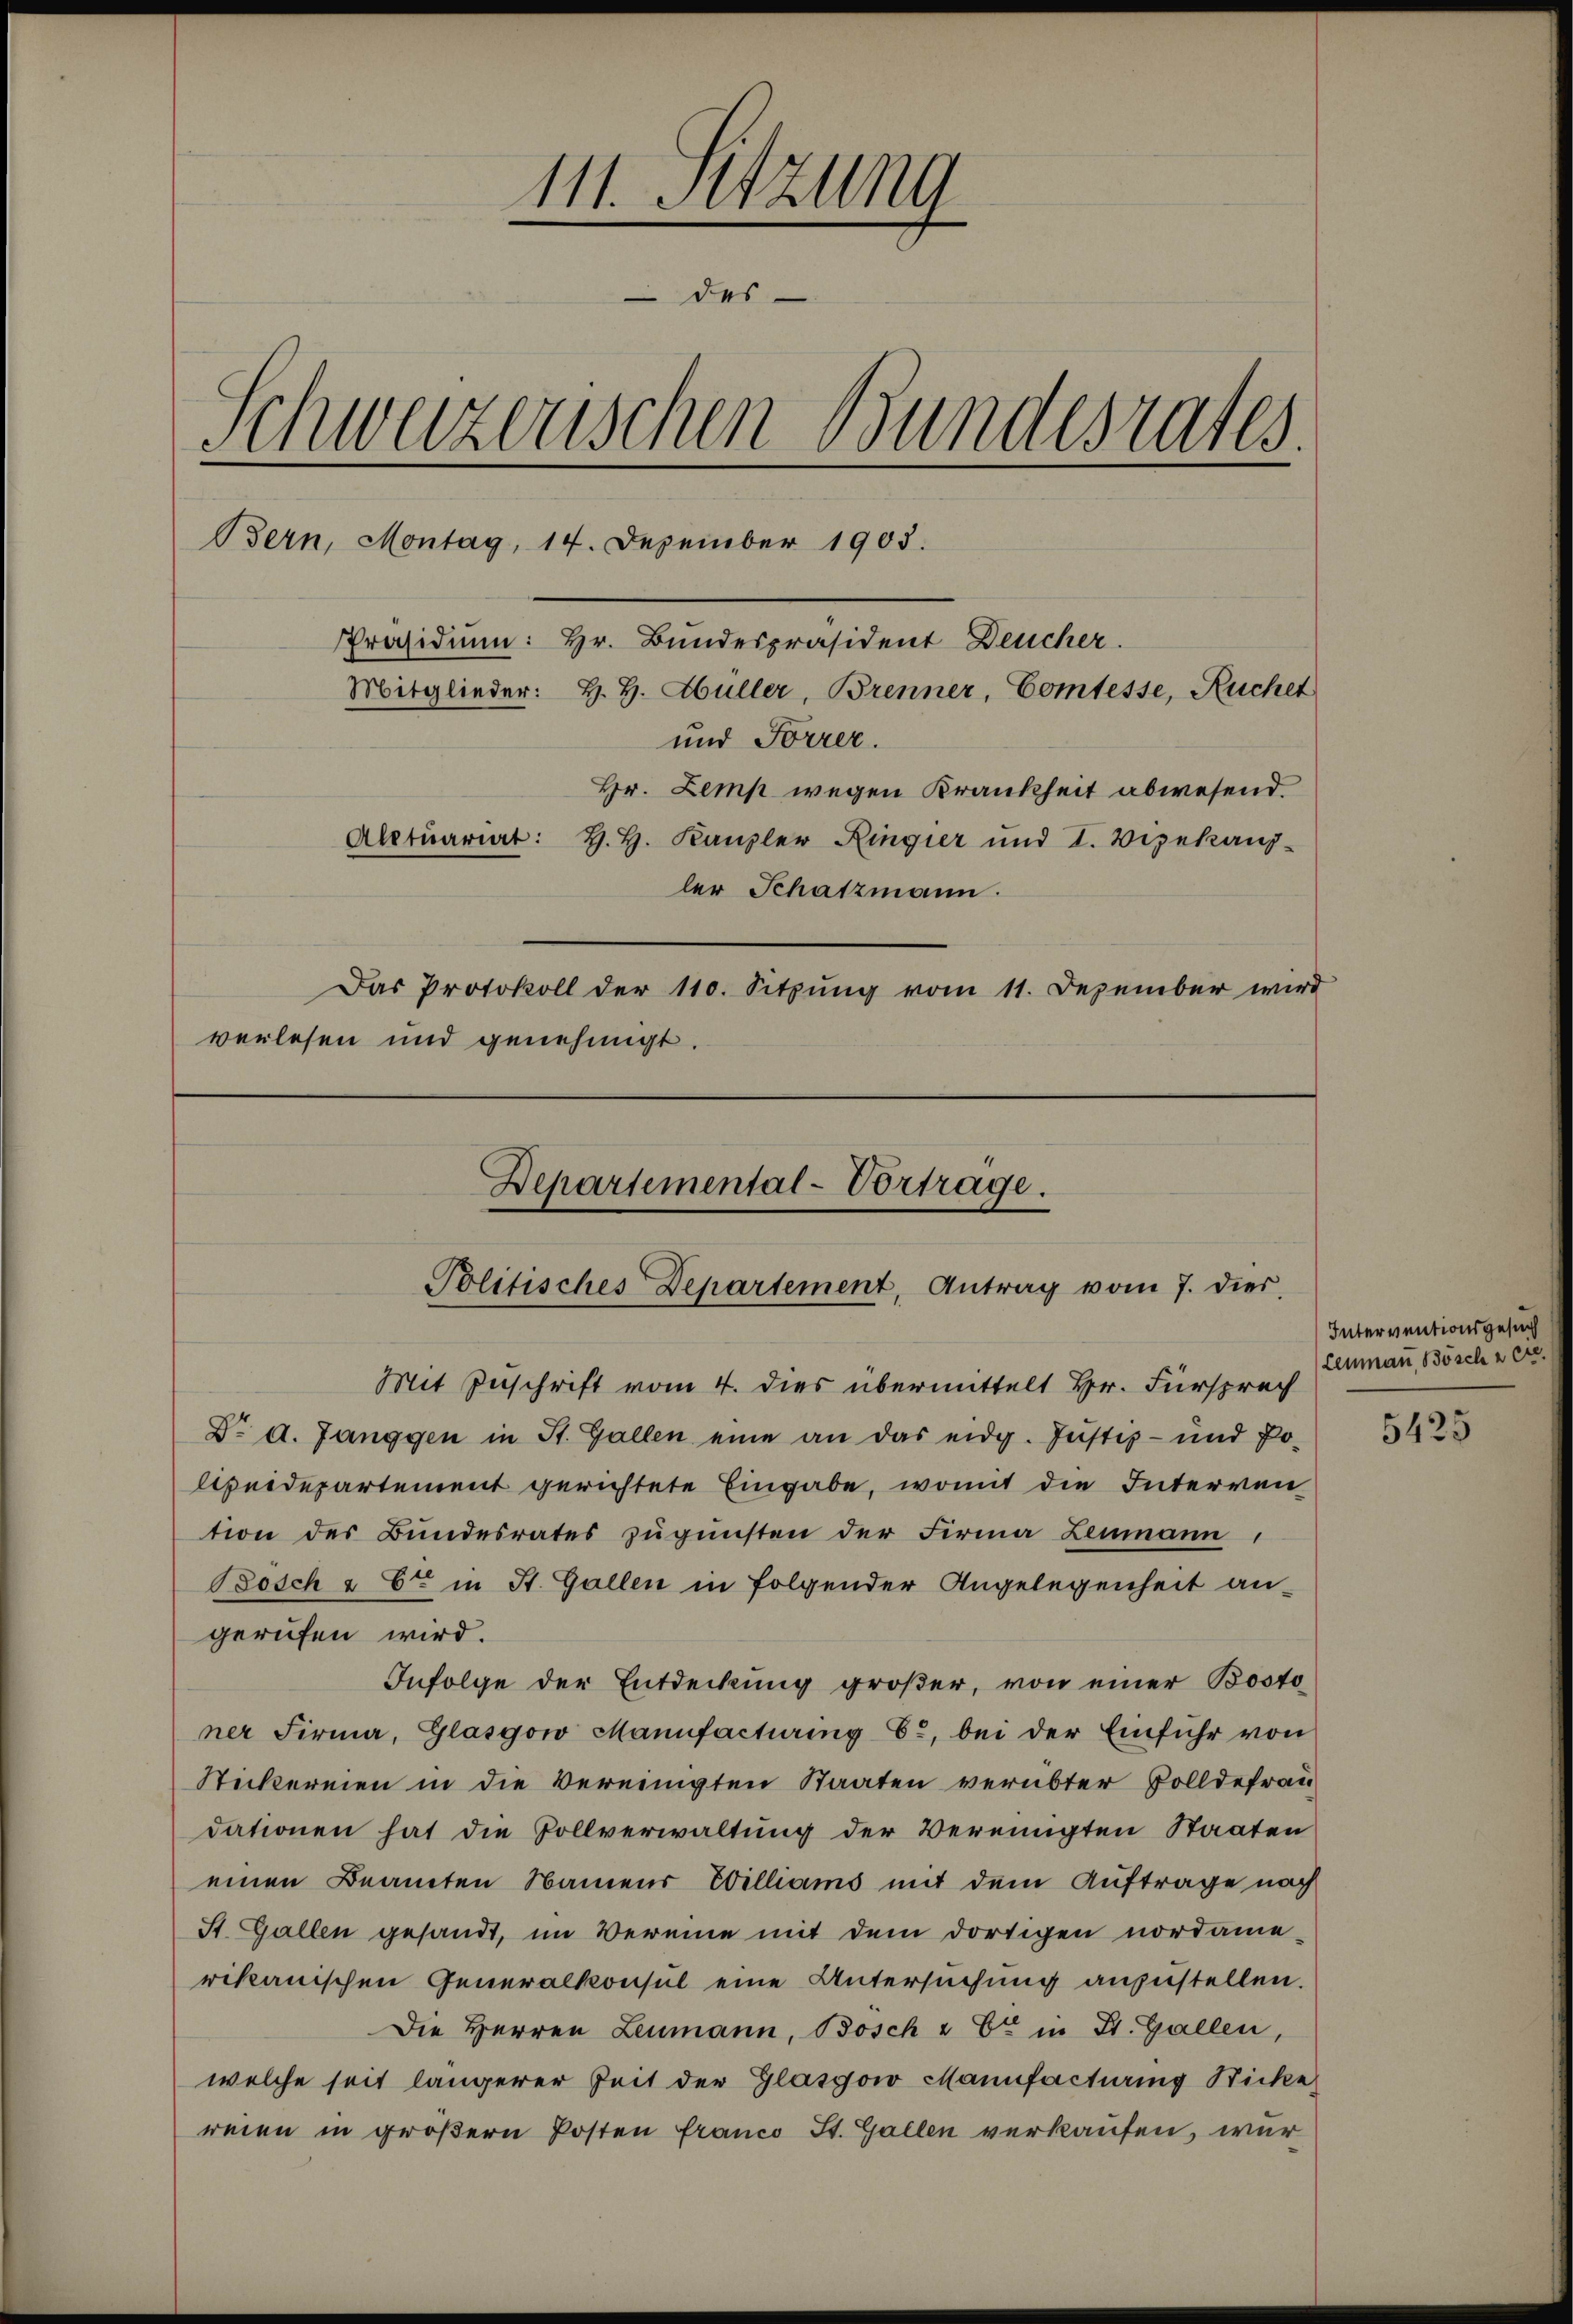
111. Sitzung
des
Schweizerischen Bundesrates.
Bern, Montag, 14. Dezember 1903.
Mitglieder: H. H. Hüller, Brenner, Comtesse, Ruchet
und Forrer.
Hr. Lemp wegen Krankheit abwesend
Alctuariat: H. H. Kanzler Ringier und I. Vizekanz-
ler Schatzmann.
Das Protokoll der 110. Sitzŭng vom 11. Dezember wird
verlesen und genehmigt.
Departemental-Vortrage.

Präsidium: Hr. Bundespräsident Deucher.

Politisches Departement, Antrag vom 7. dies.

Mit Zuschrift vom 4. dies übermittelt Hr. Fürsprach
Dr. d. Janggen in St. Gallen eine an das eidg. Justiz- und Po-
lpeidepartement gerichtete Eingabe, womit die Interven
tion des Bundesrates zugunsten der Firma Zeumann,
osch & Er in St. Gallen in folgender Angelegenheit angerufen wird.
Infolge der Entdeckung großer, von einer Bosto
ner Firma, Glasgow Manufacturing E., bei der Einführ von
Stickereien in die vereinigten Staaten verübter Bolldefrau
dationen hat die Vollverwaltung der Vereinigten Staaten
einen Beamten Namens Ebilliams mit dem Auftrage nach
St. Gallen gesandt, im Vereine mit dem dortigen nordame
rikanischen Generalkonsul eine Untersuchung anzustellen.
Die Herren Leumann, Bosch u Er in St. Gallen,
welche seit längerer Zeit der Glasgow Manufacturing Bicke
reien in größern Posten Franco St. Gallen verkaufen, war

Interventionsgesuch
Lenmann, Bösch zere

5425